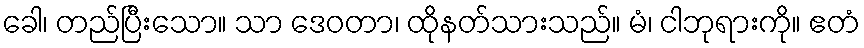
ခေါ၊ တည်ပြီးသော။ သာ ဒေဝတာ၊ ထိုနတ်သားသည်။ မံ၊ ငါဘုရားကို။ ဧတံ